Civil Veterinary Department. Madras. Admin. report 1910-25 - 1910-1925
Year: 1910
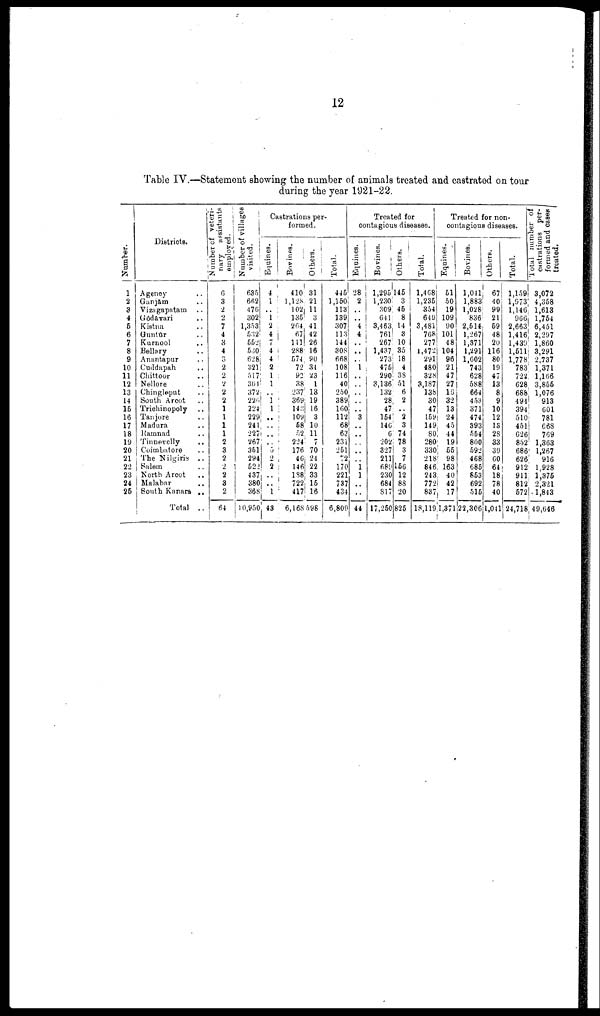
12
Table IV.—Statement showing the number of animals treated and castrated on tour
during the year 1921-22.
Numbe r
.
1
2
3
4
5
6
7
8
9
10
11
12
13
14
16
16
17
18
19
20
21
22
23
24
25
Districts.
Agency ..
Ganjām ..
Vizagapatain ..
Gōdavāri ..
Kistna ..
Guntur ..
Kurnool ..
Bellary ..
Anantapur ..
Cuddapah ..
Chittoor ..
Nellore ..
Chingleput ..
South Arcot ..
Triohinopoly ..
Tanjore ..
Madura ..
Ramnad ..
Tinnevelly ..
Coimbatore ..
The Nilgiris ..
Salem ..
North Arcot
..
Malabar ..
South Kanara ..
Total ..
Number of veteri
nary assistants
employed.
6
3
2
2
7
4
3
4
3
2
2
2
2
2
1
1
1
1
2
3
2
2
2
3
2
64
Number of villages
visited.
635
662
476
302
1,353
5:52
652
5.30
628
821
517
301
372
226
224
229
241
227
267
361
294
522
437
380
368
10,950
Castrations per
formed.
Equines.
4
1
..
1
2
4 7
4 i
4
2
1
1
..
1
1
..
..
..
5
2
2
..
..
1
43
Bovines.
410
1,128
102
135
264
67
111
288
574
72
92
38
237
369
142
109
58
52
224
176
46
146
138
722
417
6,168
Others. |
31
21
11 3
41
42
26
16
90
34
23
1
13
19
16
3
10
11
7
70
24
22
33
15
16
598
Total.
445
1,150
113
139
307
113
144
308
668
108
116
40
250
389
160
112
68
63
231
251
72
170
221
737
434
6,809
Treated for
contagious diseases.
Equines.
28
2
..
..
4
4
..
..
1
..
..
..
..
3
..
..
..
..
..
1
1
..
..
44
Bo vines.
1,295
1,230
309
641;
3,463
761
267
1,437
273
476
290
3,136
132
28
47
154
146
6
202
327
211
689
230
684
817
17,250
Others.
146
3
45
8
14
3
10
35
18
4
38
51
6
2
..
2
3
74
78
3
7
166
12
88
20
825
Total.
1,468
1,236
354
649
3,481
768
277
1,472
291
480
328
3,187
138
30
47
159
149
80
280
33C
218
846
243
772
837
18,119
Treated for non
contagious diseases.
Equines.
51
50
19
109
90
101
48
104
96
21
47
27
16
32
13
24
45
44
19
55
98
163
40
42
17
1,371
Bovines.
1,041
1,883
1,028
836
2,514
1,267
1,371
1,291
1,602
743
628
588
664
453
371
474
393
554
800
592
468
685
853
692
515
22,306
Others.
67
40
99
21
59
48
20
116
80
19
47
13
8
9
10
12
13
28
33
39
60
64
18
78
40
1,041
Total.
1,159
1,973
1,146
966
2,663
1,416
1,439
1,511
1,779
783
722
628
688
494
394
51C
451
626
852
68€
62e
912
911
815
575
24,718
Total number of
castrations per-
formed and cases
treated.
3,072
4,358
1,613
1,764
6,451
2,297
1,860
3,291
2,737
1,371
1,166
3,855
1,076
913
601
781
668
769
1,363
1,267
916
1,928
1,375
2,321
1,843
49,646